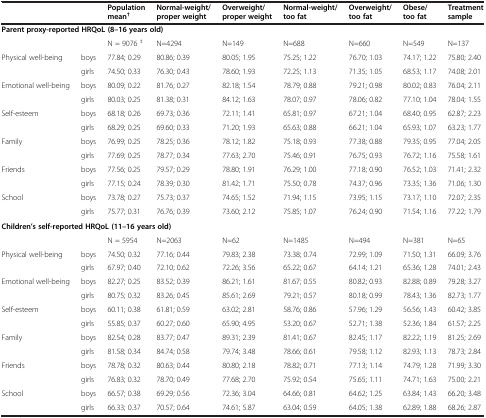
<table><thead><tr><td colspan="2"><b> </b></td><td><b>Population mean<sup>†</sup></b></td><td><b>Normal-weight/ proper weight</b></td><td><b>Overweight/ proper weight</b></td><td><b>Normal-weight/ too fat</b></td><td><b>Overweight/ too fat</b></td><td><b>Obese/ too fat</b></td><td><b>Treatment sample</b></td></tr></thead><tbody><tr><td colspan="9"><b>Parent proxy-reported HRQoL (8–16 years old)</b></td></tr><tr><td colspan="2"> </td><td>N = 9076 <sup>‡</sup></td><td>N=4294</td><td>N=149</td><td>N=688</td><td>N=660</td><td>N=549</td><td>N=137</td></tr><tr><td rowspan="2">Physical well-being</td><td>boys</td><td>77.84; 0.29</td><td>80.86; 0.39</td><td>80.05; 1.95</td><td>75.25; 1.22</td><td>76.70; 1.03</td><td>74.17; 1.22</td><td>75.80; 2.40</td></tr><tr><td>girls</td><td>74.50; 0.33</td><td>76.30; 0.43</td><td>78.60; 1.93</td><td>72.25; 1.13</td><td>71.35; 1.05</td><td>68.53; 1.17</td><td>74.08; 2.01</td></tr><tr><td rowspan="2">Emotional well-being</td><td>boys</td><td>80.09; 0.22</td><td>81.76; 0.27</td><td>82.18; 1.54</td><td>78.79; 0.88</td><td>79.21; 0.98</td><td>80.02; 0.83</td><td>76.04; 2.11</td></tr><tr><td>girls</td><td>80.03; 0.25</td><td>81.38; 0.31</td><td>84.12; 1.63</td><td>78.07; 0.97</td><td>78.06; 0.82</td><td>77.10; 1.04</td><td>78.04; 1.55</td></tr><tr><td rowspan="2">Self-esteem</td><td>boys</td><td>68.18; 0.26</td><td>69.73; 0.36</td><td>72.11; 1.41</td><td>65.81; 0.97</td><td>67.21; 1.04</td><td>68.40; 0.95</td><td>62.87; 2.23</td></tr><tr><td>girls</td><td>68.29; 0.25</td><td>69.60; 0.33</td><td>71.20; 1.93</td><td>65.63; 0.88</td><td>66.21; 1.04</td><td>65.93; 1.07</td><td>63.23; 1.77</td></tr><tr><td rowspan="2">Family</td><td>boys</td><td>76.99; 0.25</td><td>78.25; 0.36</td><td>78.12; 1.82</td><td>75.18; 0.93</td><td>77.38; 0.88</td><td>79.35; 0.95</td><td>77.04; 2.05</td></tr><tr><td>girls</td><td>77.69; 0.25</td><td>78.77; 0.34</td><td>77.63; 2.70</td><td>75.46; 0.91</td><td>76.75; 0.93</td><td>76.72; 1.16</td><td>75.58; 1.61</td></tr><tr><td rowspan="2">Friends</td><td>boys</td><td>77.56; 0.25</td><td>79.57; 0.29</td><td>78.80; 1.91</td><td>76.29; 1.00</td><td>77.18; 0.90</td><td>76.52; 1.03</td><td>71.41; 2.32</td></tr><tr><td>girls</td><td>77.15; 0.24</td><td>78.39; 0.30</td><td>81.42; 1.71</td><td>75.50; 0.78</td><td>74.37; 0.96</td><td>73.35; 1.36</td><td>71.06; 1.30</td></tr><tr><td rowspan="2">School</td><td>boys</td><td>73.78; 0.27</td><td>75.73; 0.37</td><td>74.65; 1.52</td><td>71.94; 1.15</td><td>73.95; 1.15</td><td>73.17; 1.10</td><td>72.07; 2.35</td></tr><tr><td>girls</td><td>75.77; 0.31</td><td>76.76; 0.39</td><td>73.60; 2.12</td><td>75.85; 1.07</td><td>76.24; 0.90</td><td>71.54; 1.16</td><td>77.22; 1.79</td></tr><tr><td colspan="9"><b>Children’s self-reported HRQoL (11–16 years old)</b></td></tr><tr><td colspan="2"> </td><td>N = 5954</td><td>N=2063</td><td>N=62</td><td>N=1485</td><td>N=494</td><td>N=381</td><td>N=65</td></tr><tr><td rowspan="2">Physical well-being</td><td>boys</td><td>74.50; 0.32</td><td>77.16; 0.44</td><td>79.83; 2.38</td><td>73.38; 0.74</td><td>72.99; 1.09</td><td>71.50; 1.31</td><td>66.09; 3.76</td></tr><tr><td>girls</td><td>67.97; 0.40</td><td>72.10; 0.62</td><td>72.26; 3.56</td><td>65.22; 0.67</td><td>64.14; 1.21</td><td>65.36; 1.28</td><td>74.01; 2.43</td></tr><tr><td rowspan="2">Emotional well-being</td><td>boys</td><td>82.27; 0.25</td><td>83.52; 0.39</td><td>86.21; 1.61</td><td>81.67; 0.55</td><td>80.82; 0.93</td><td>82.88; 0.89</td><td>79.28; 3.27</td></tr><tr><td>girls</td><td>80.75; 0.32</td><td>83.26; 0.45</td><td>85.61; 2.69</td><td>79.21; 0.57</td><td>80.18; 0.99</td><td>78.43; 1.36</td><td>82.73; 1.77</td></tr><tr><td rowspan="2">Self-esteem</td><td>boys</td><td>60.11; 0.38</td><td>61.81; 0.59</td><td>63.02; 2.81</td><td>58.76; 0.86</td><td>57.96; 1.29</td><td>56.56; 1.43</td><td>60.42; 3.85</td></tr><tr><td>girls</td><td>55.85; 0.37</td><td>60.27; 0.60</td><td>65.90; 4.95</td><td>53.20; 0.67</td><td>52.71; 1.38</td><td>52.36; 1.84</td><td>61.57; 2.25</td></tr><tr><td rowspan="2">Family</td><td>boys</td><td>82.54; 0.28</td><td>83.77; 0.47</td><td>89.31; 2.39</td><td>81.41; 0.67</td><td>82.45; 1.17</td><td>82.22; 1.19</td><td>81.25; 2.69</td></tr><tr><td>girls</td><td>81.58; 0.34</td><td>84.74; 0.58</td><td>79.74; 3.48</td><td>78.66; 0.61</td><td>79.58; 1.12</td><td>82.93; 1.13</td><td>78.73; 2.84</td></tr><tr><td rowspan="2">Friends</td><td>boys</td><td>78.78; 0.32</td><td>80.63; 0.44</td><td>80.80; 2.18</td><td>78.82; 0.71</td><td>77.13; 1.14</td><td>74.79; 1.28</td><td>71.99; 3.30</td></tr><tr><td>girls</td><td>76.83; 0.32</td><td>78.70; 0.49</td><td>77.68; 2.70</td><td>75.92; 0.54</td><td>75.65; 1.11</td><td>74.71; 1.63</td><td>75.00; 2.21</td></tr><tr><td>School</td><td>boys</td><td>66.57; 0.38</td><td>69.29; 0.56</td><td>72.36; 3.04</td><td>64.66; 0.81</td><td>64.62; 1.25</td><td>63.84; 1.43</td><td>66.20; 3.48</td></tr><tr><td> </td><td>girls</td><td>66.33; 0.37</td><td>70.57; 0.64</td><td>74.61; 5.87</td><td>63.04; 0.59</td><td>64.05; 1.38</td><td>62.89; 1.88</td><td>68.26; 2.87</td></tr></tbody></table>